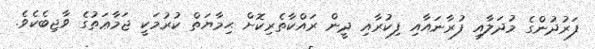
ފަރުދުންގެ މުދަލާއި ފުރާނައާއި ފިކުރާއި ދީން ރައްކާތެރިކޮށް ޙިމާޔަތް ކުރުމަކީ ޖަމާޢަތުގެ ވާޖިބެކެވެ.